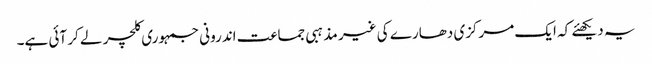
یہ دیکھئے کہ ایک مرکزی دھارے کی غیر مذہبی جماعت اندرونی جمہوری کلچر لے کر آئی ہے۔